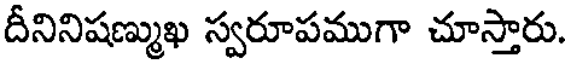
దీనినిషణ్ముఖ స్వరూపముగా చూస్తారు.